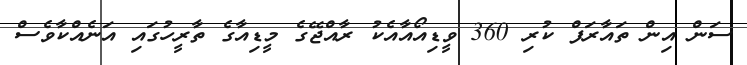
ސަން އިން ތައާރަފް ކުރި 360 ވީޑިއޯއާއެކު ރާއްޖޭގެ މީޑިއާގެ ތާރީހުގައި އަނެއްކާވެސް